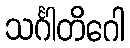
သင်္ဂါတိဂေါ